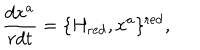
\frac { d x ^ { a } } { r d t } = \{ H _ { \mathrm { r e d } } , x ^ { a } \} ^ { \mathrm { r e d } } ,